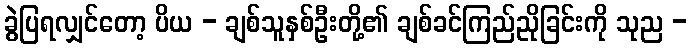
ခွဲပြရလျှင်တော့ ပိယ - ချစ်သူနှစ်ဦးတို့၏ ချစ်ခင်ကြည်ညိုခြင်းကို သုည -